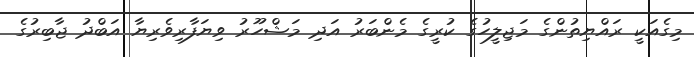
މިގެއަކީ ރައްޔިތުންގެ މަޖިލީހުގެ ކުރީގެ މެންބަރު އަދި މަޝްހޫރު ވިޔަފާރިވެރިޔާ އަބްދު ޖާބިރުގެ